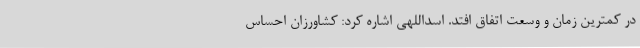
در کمترین زمان و وسعت اتفاق افتد. اسداللهی اشاره کرد: کشاورزان احساس